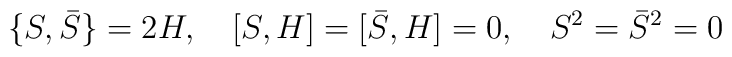
\{ S,\bar S \} = 2H, \quad [S,H]=[\bar S, H]= 0 , \quad S^2 =\bar S^2 = 0